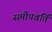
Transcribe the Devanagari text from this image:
समीपवर्ति